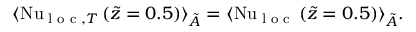
\langle \ifmmode \mathrm { N u } _ { \textrm { l o c } , T } \else \mathrm { N u } _ { \textrm { l o c } , T } \fi \left( \tilde { z } = 0 . 5 \right) \rangle _ { \tilde { A } } = \langle \ifmmode \mathrm { N u } _ { \textrm { l o c } } \else \mathrm { N u } _ { \textrm { l o c } } \fi \left( \tilde { z } = 0 . 5 \right) \rangle _ { \tilde { A } } .